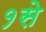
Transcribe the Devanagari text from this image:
१से